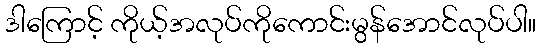
ဒါကြောင့် ကိုယ့်အလုပ်ကိုကောင်းမွန်အောင်လုပ်ပါ။